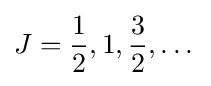
J={\frac {1}{2}},1,{\frac {3}{2}},\dots